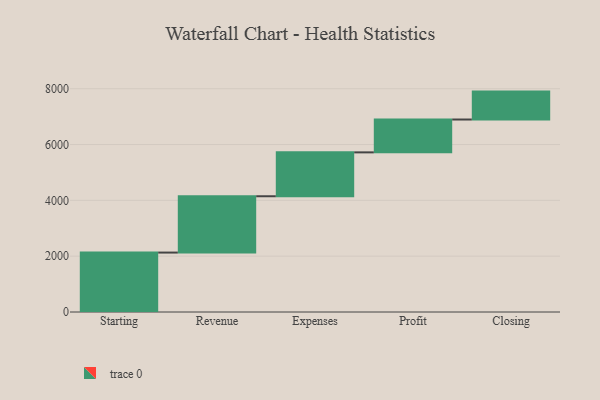
{"axis": {"x": "Step", "y": "Value"}, "legend": [""], "data": [{"x": "Starting", "y": 2129.0, "type": ""}, {"x": "Revenue", "y": 2018.0, "type": ""}, {"x": "Expenses", "y": 1572.0, "type": ""}, {"x": "Profit", "y": 1177.0, "type": ""}, {"x": "Closing", "y": 1000, "type": ""}]}